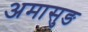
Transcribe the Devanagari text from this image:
अमासुङ